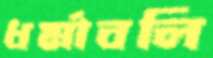
ধর্মাবলি